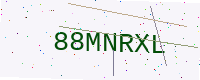
Text: 88MNRXL